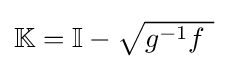
\textstyle \mathbb {K} =\mathbb {I} -{\sqrt {g^{-1}f~}}